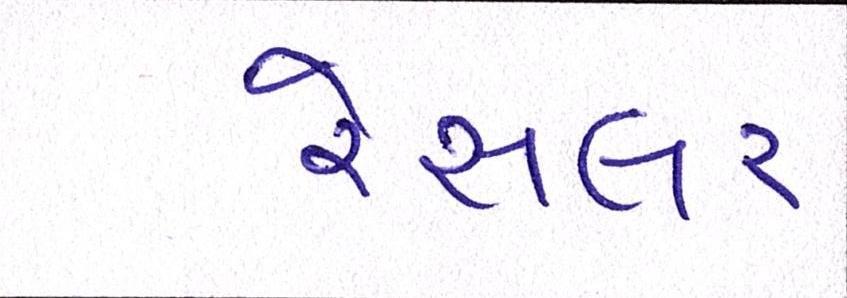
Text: રેસલર